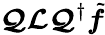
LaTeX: \boldsymbol{\mathcal{Q}}\boldsymbol{\mathcal{L}}\boldsymbol{\mathcal{Q}}^{\dagger}\tilde{\boldsymbol{f}}